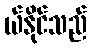
ယ်နိုင်သည်